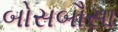
બોસબૌસા